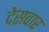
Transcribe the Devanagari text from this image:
देसवार